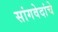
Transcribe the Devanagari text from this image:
सांगवेदांचे